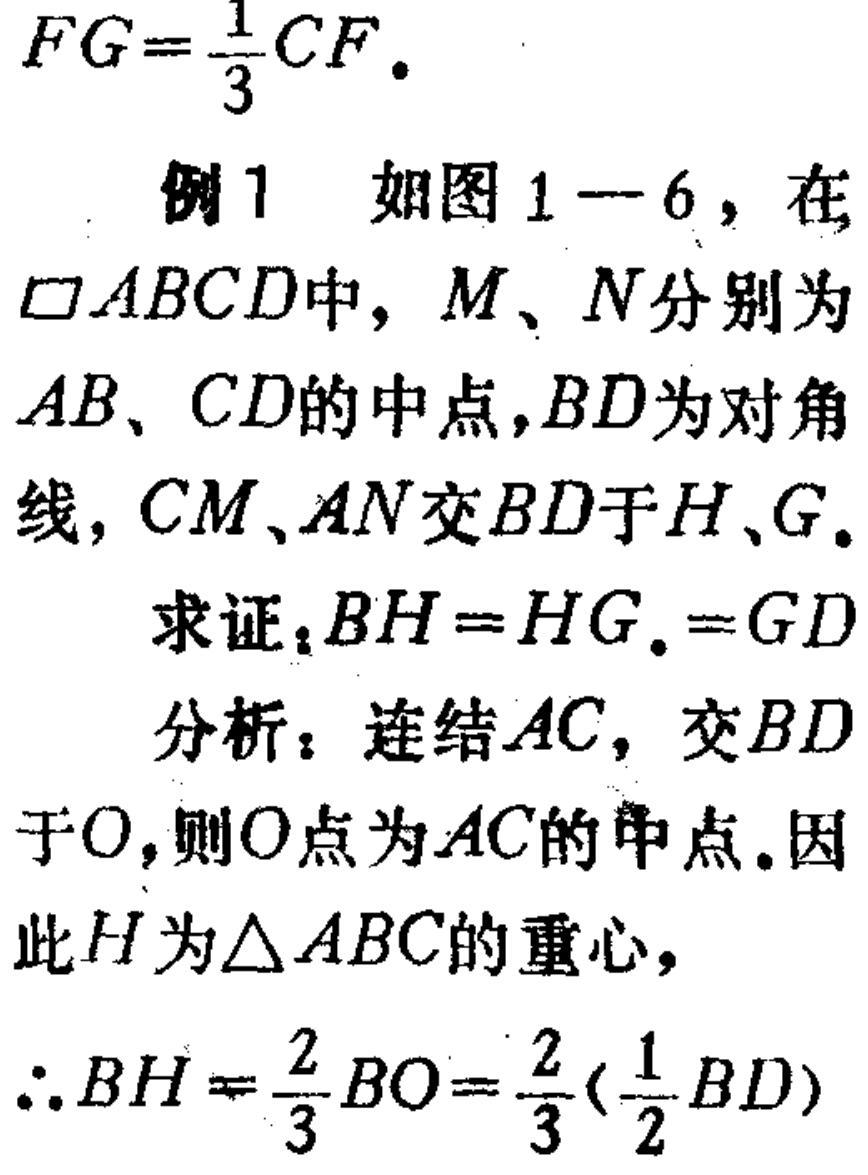
\(FG=\frac{1}{3}CF\).
例1 如图1—6，在
\(\square ABCD\)中，\(M\)、\(N\)分别为
\(AB\)、\(CD\)的中点，\(BD\)为对角
线，\(CM\)、\(AN\)交\(BD\)于\(H\)、\(G\).
求证：\(BH = HG.=GD\)
分析：连结\(AC\)，交\(BD\)
于\(O\)，则\(O\)点为\(AC\)的中点。因
此\(H\)为\(\triangle ABC\)的重心，
\(\therefore BH=\frac{2}{3}BO=\frac{2}{3}(\frac{1}{2}BD)\)